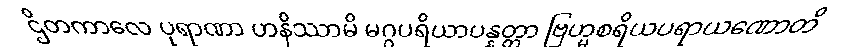
ဌိတကာလေ ပုရာဏာ ဟနိဿာမိ မဂ္ဂပရိယာပန္နတ္တာ ဗြဟ္မစရိယပရာယဏောတိ